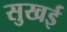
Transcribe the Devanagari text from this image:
सुखई